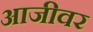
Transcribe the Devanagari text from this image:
आजीवर